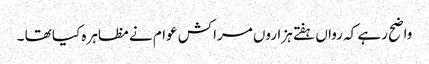
واضح رہے کہ رواں ہفتے ہزاروں مراکش عوام نے مظاہرہ کیا تھا ۔